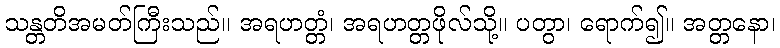
သန္တတိအမတ်ကြီးသည်။ အရဟတ္တံ၊ အရဟတ္တဖိုလ်သို့။ ပတွာ၊ ရောက်၍။ အတ္တနော၊